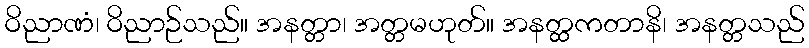
ဝိညာဏံ၊ ဝိညာဉ်သည်။ အနတ္တာ၊ အတ္တမဟုတ်။ အနတ္ထကတာနိ၊ အနတ္တသည်